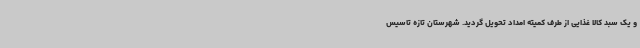
و یک سبد کالا غذایی از طرف کمیته امداد تحویل گردید. شهرستان تازه تاسیس